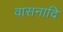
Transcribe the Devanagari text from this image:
वासनादि